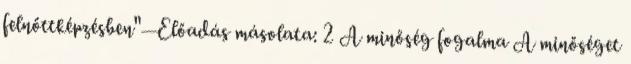
felnőttképzésben"— Előadás másolata: 2 A minőség fogalma A minőséget